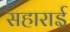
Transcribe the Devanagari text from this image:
सहाराई